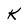
Character: K